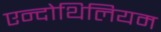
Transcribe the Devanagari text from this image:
एन्दोथिलियम